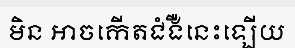
មិន អាចកើតជំងឺនេះឡើយ